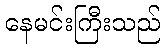
နေမင်းကြီးသည်